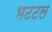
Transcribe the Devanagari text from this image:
भटटल